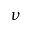
\nu